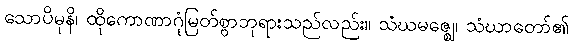
သောပိမုနိ၊ ထိုကောဏာဂုံမြတ်စွာဘုရားသည်လည်း။ သံဃမဇ္ဈေ၊ သံဃာတော်၏